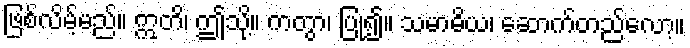
ဖြစ်လိမ့်မည်။ ဣတိ၊ ဤသို့။ ကတွာ၊ ပြု၍။ သမာဓိယ၊ ဆောက်တည်လော့။